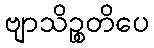
ဗျာသိဉ္စတိပေ